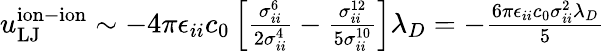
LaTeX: \begin{array}{r}{u_{\mathrm{LJ}}^{\mathrm{ion-ion}}\sim-4\pi\epsilon_{ii}c_{0}\left[\frac{\sigma_{ii}^{6}}{2\sigma_{ii}^{4}}-\frac{\sigma_{ii}^{12}}{5\sigma_{ii}^{10}}\right]\lambda_{D}=-\frac{6\pi\epsilon_{ii}c_{0}\sigma_{ii}^{2}\lambda_{D}}{5}}\end{array}